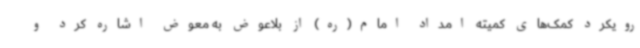
رویکرد کمک‌های کمیته امداد امام(ره) از بلاعوض به معوض اشاره کرد و